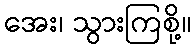
အေး၊ သွားကြစို့။